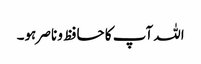
اللہ آپ کا حافظ و ناصر ہو۔